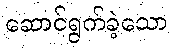
ဆောင်ရွက်ခဲ့သော